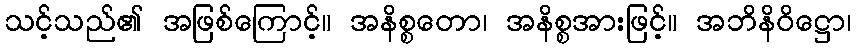
သင့်သည်၏ အဖြစ်ကြောင့်။ အနိစ္စတော၊ အနိစ္စအားဖြင့်။ အဘိနိဝိဋ္ဌော၊